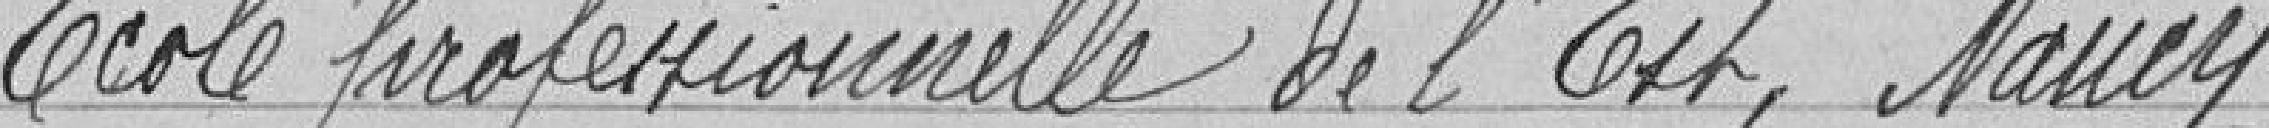
Ecole Professionnelle de l'Est, Nancy